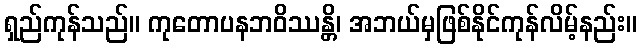
ရှည်ကုန်သည်။ ကုတောပနဘဝိဿန္တိ၊ အဘယ်မှဖြစ်နိုင်ကုန်လိမ့်နည်း။